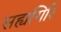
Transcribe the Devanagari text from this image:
सह्यगिरि